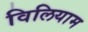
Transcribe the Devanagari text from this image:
विलियाम